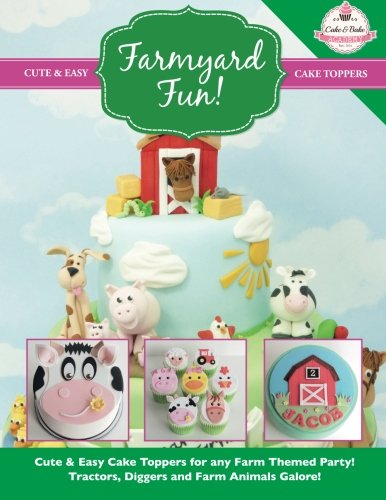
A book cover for Farmyard Fun!: Cute & Easy Cake Toppers for any Farm Themed Party! Tractors, Diggers and Farm Animals Galore! (Cute & Easy Cake Toppers Collection) (Volume 7); The Cake & Bake Academy; Cookbooks, Food & Wine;